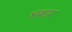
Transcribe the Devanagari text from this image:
भकार